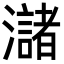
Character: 㶆